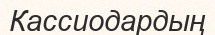
Кассиодардың